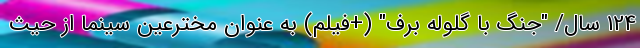
124 سال/ "جنگ با گلوله برف" (+فیلم) به عنوان مخترعین سینما از حیث